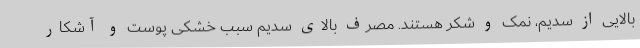
بالایی از سدیم، نمک و شکر هستند. مصرف بالای سدیم سبب خشکی پوست و آشکار